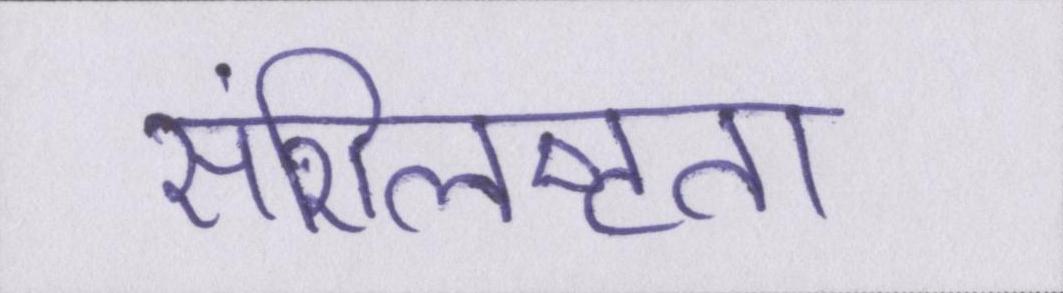
संशिलष्टता